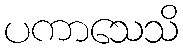
ပကာသေသိ